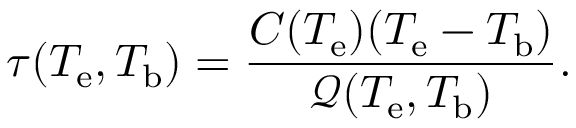
\tau ( T _ { \mathrm { e } } , T _ { \mathrm { b } } ) = \frac { C ( T _ { \mathrm { e } } ) ( T _ { \mathrm { e } } - T _ { \mathrm { b } } ) } { \mathcal { Q } ( T _ { \mathrm { e } } , T _ { \mathrm { b } } ) } .